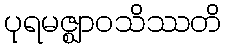
ပုရမဇ္ဈာဝသိဿတိ